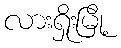
လားရှိုးမြို့